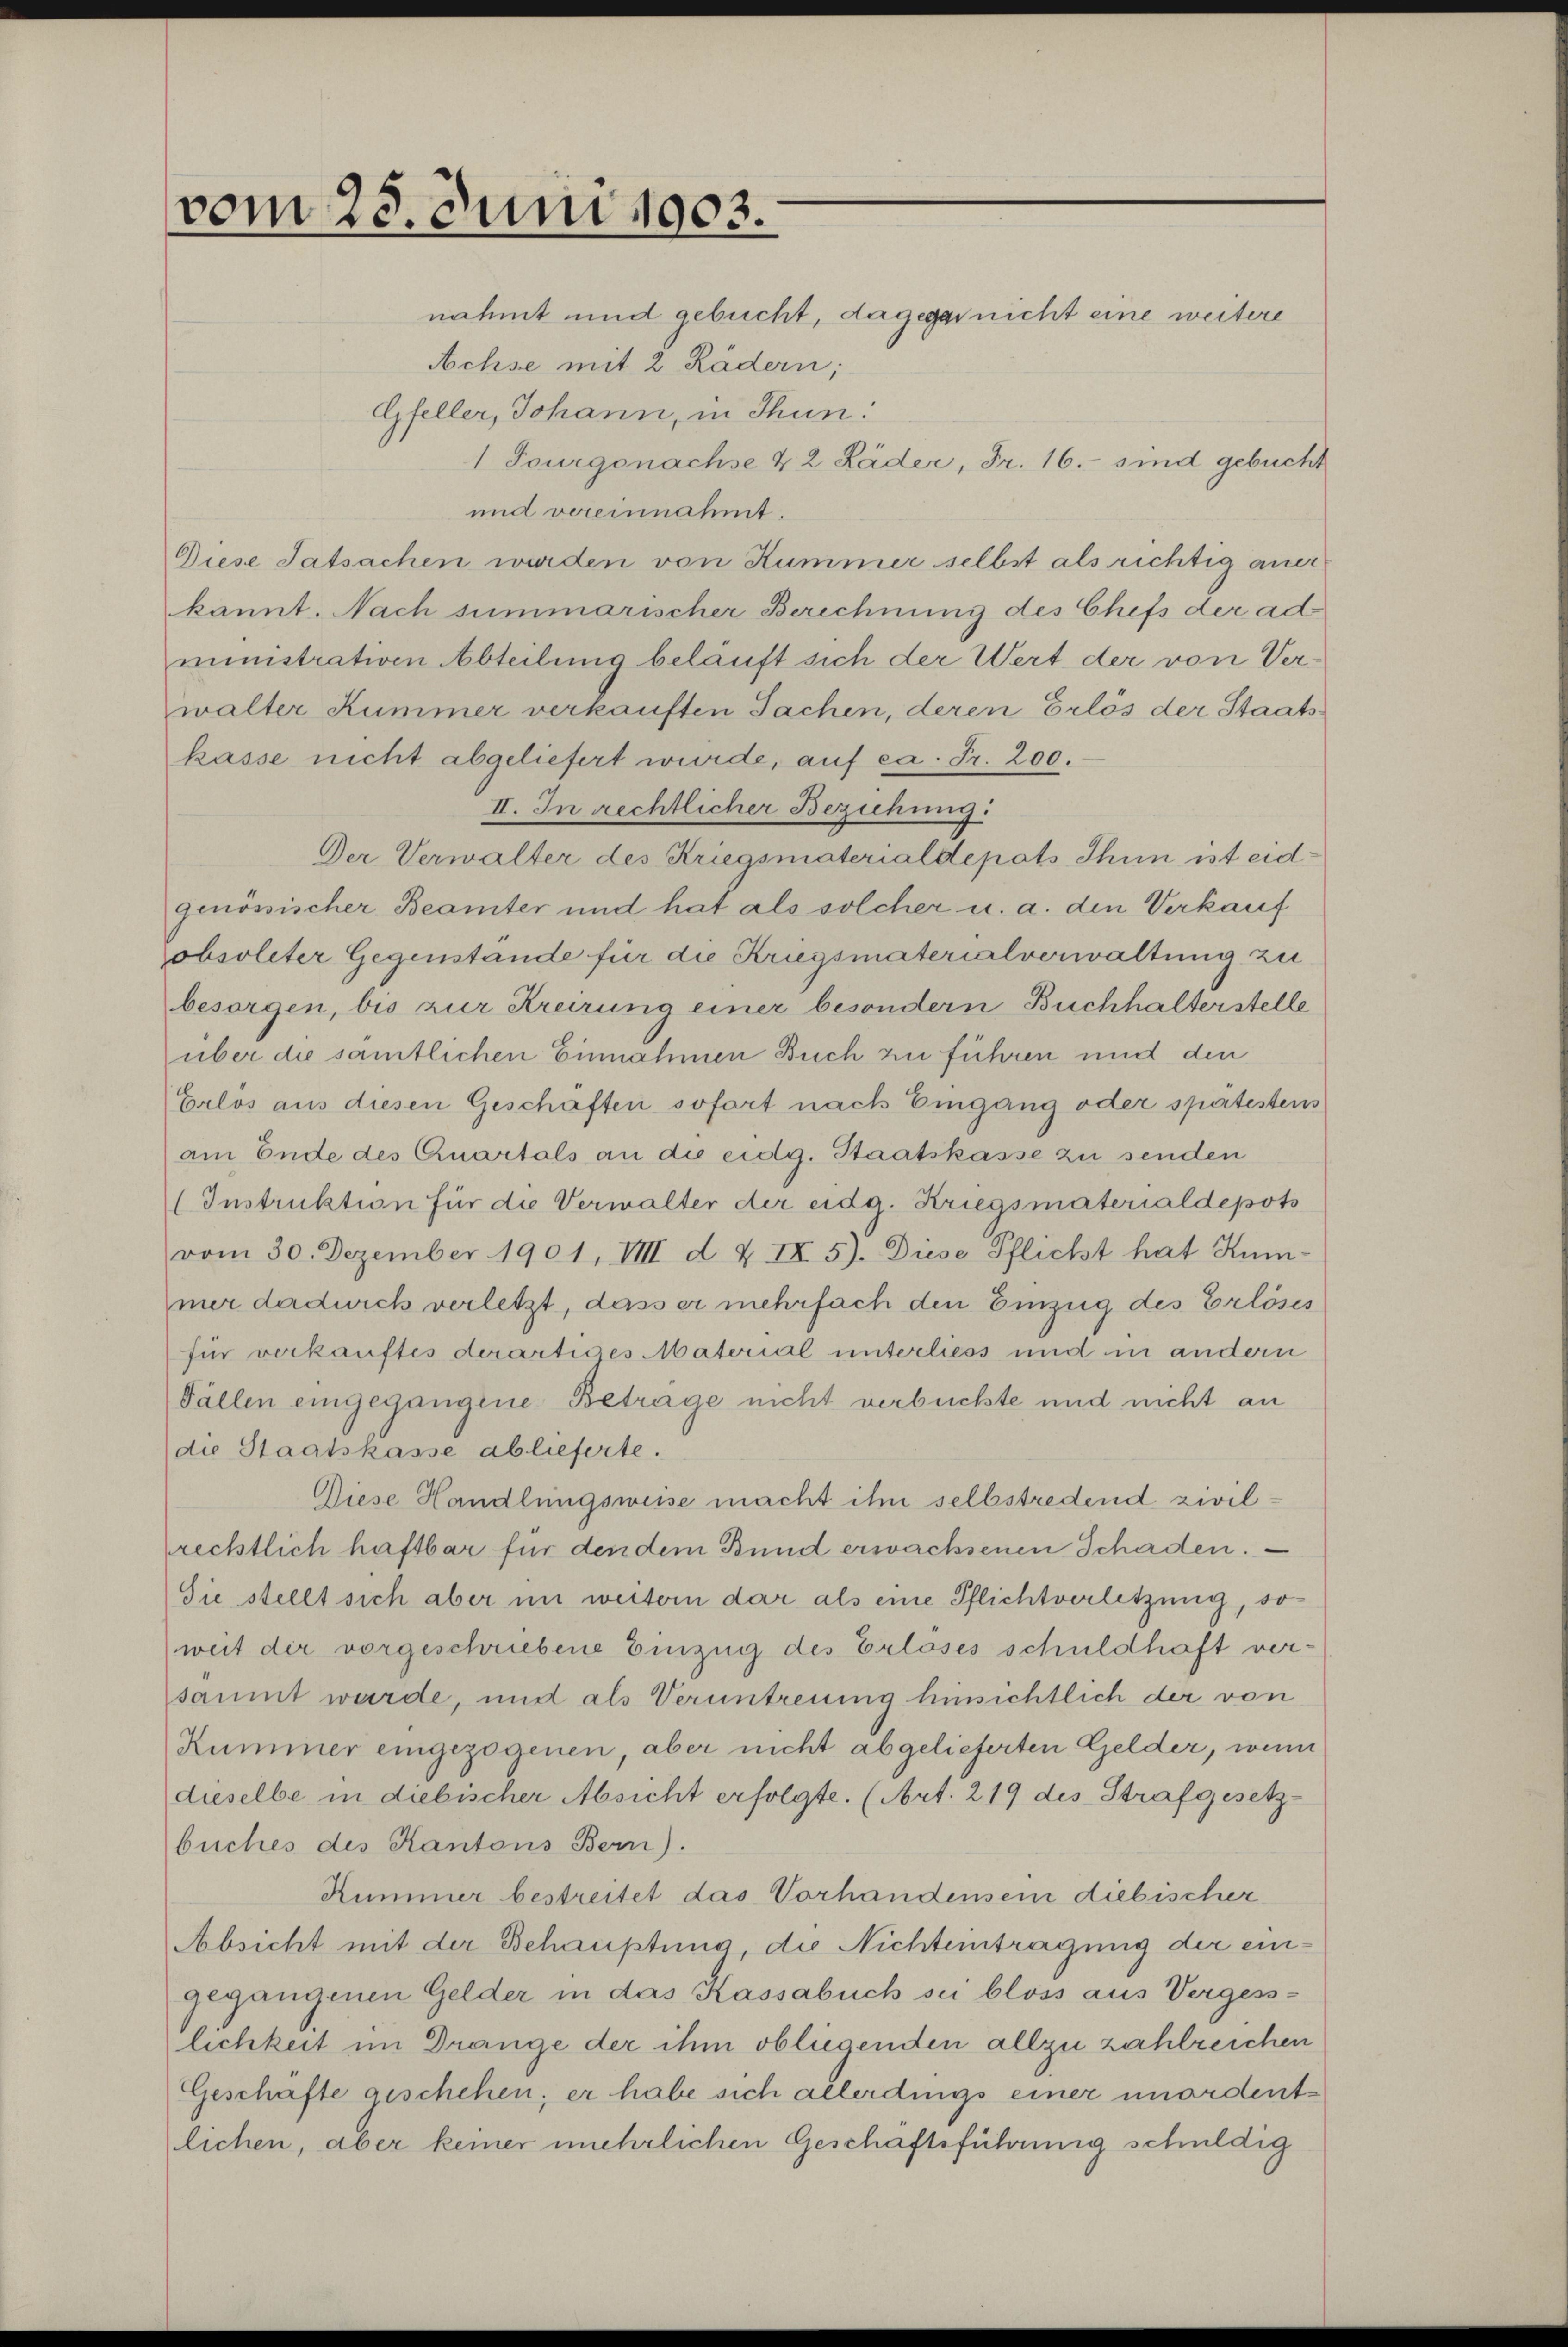
vom 25. Juni 1903.

nähmt und gebucht, dagegen nicht eine weitere
Achse mit 2 Rädern;
Gfeller, Johann, in Thun:
1 Tourgonachse & 2 Läder, Fr. 16. sind gebucht
und vereinnahmt.
Diese Tatsachen wurden von Kummer selbst als richtig aner
kannt. Nach summarischer Berechnung des Chefs der ad
ministrativen Abteilung beläuft sich der Wert der von Verwalter Kummer verkauften Sachen, deren Erlös der Staatskasse nicht abgeliefert wurde, auf ca. Fr. 200.
II. In rechtlicher Beziehung:
Der Verwalter des Kriegsmaterialdepots Thun ist eidgenössischer Beamter und hat als solcher u. a. den Verkauf
obsoleter Gegenstände für die Kriegsmaterialverwaltung zu
besorgen, bis zur Kreizung einer besondern Buchhalterstelle
über die samtlichen Einnahmen Buch zu führen und den
Erlos aus diesen Geschäften sofort nach Eingang oder spätestens
am Ende des Quartals an die eidg. Staatskasse zu senden
(Instruktion für die Verwalter der eidg. Kriegsmaterialdepots
vom 30. Dezember 1901, VIII d & IX 5). Diese Pflicht hat Kunmer dadurch verletzt, dass er mehrfach den Einzug des Erlöses
für verkauftes derartives Matorial unterliess und in andern
Fällen eingegangene Beträge nicht verbuchste und nicht an
die Staatskasse ablieferte.
Diese Handlungsweise macht ihm selbstredend zivilrechtlich haftbar für den dem Bund erwachsenen Schaden.
Sie stellt sich aber im weitern dar als eine Pflichtverletzung, so
weit dir vorgeschriebene Einzug des Erloses schuldhaft versäumt wurde, und als Veruntreuung hinsichtlich der von
Kummer eingezogenen, aber nicht abgelieferten Gelder, wenn
dieselbe in diebischer Absicht erfolgte. (Art. 219 des Strafgesetz-
buches des Kantons Bern).
Kummer bestreitet das Vorhandensein diebischer
Absicht mit der Behauptung, die Nichteintragung der eingegangenen Gelder in das Kassabuch sei bloss aus Vergess-
lichkeit im Drange der ihm obliegenden allzu zahlreichen
Geschäfte geschehen; er habe sich allerdings einer unordentlichen, aber keiner unehrlichen Geschaftsführung schuldig